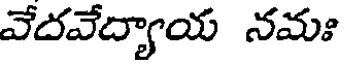
వేదవేద్యాయ నమః